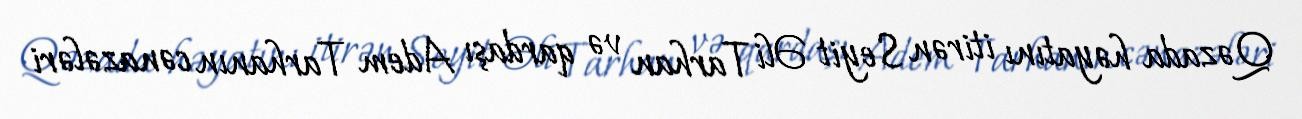
Qəzada həyatını itirən Seyit Əli Tarhan və qardaşı Adem Tarhanın cənazələri